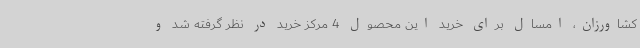
کشاورزان، امسال برای خرید این محصول 4 مرکز خرید در نظر گرفته شد و